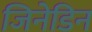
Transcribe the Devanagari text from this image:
जिनेडिन